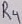
Text: R4